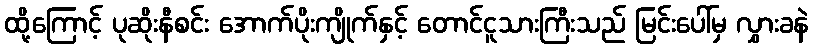
ထို့ကြောင့် ပုဆိုးနီစင်း အောက်ပိုးကျိုက်နှင့် တောင်ငူသားကြီးသည် မြင်းပေါ်မှ လွှားခနဲ